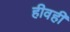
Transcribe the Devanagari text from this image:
हीवहीं